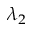
\lambda _ { 2 }